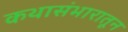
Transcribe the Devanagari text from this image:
कथासंभारातून